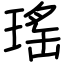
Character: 瑤